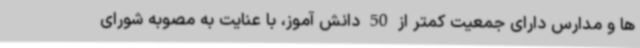
ها و مدارس دارای جمعیت کمتر از 50 دانش آموز، با عنایت به مصوبه شورای